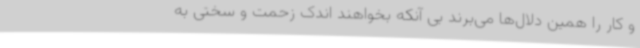
و کار را همین دلال‌ها می‌برند بی آنکه بخواهند اندک زحمت و سختی به